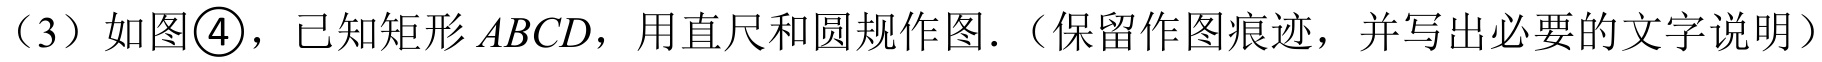
（3）如图\textcircled{4}，已知矩形\(ABCD\)，用直尺和圆规作图．（保留作图痕迹，并写出必要的文字说明）